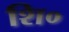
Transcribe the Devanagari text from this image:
शि०